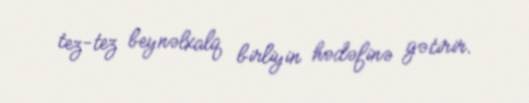
tez-tez beynəlxalq birliyin hədəfinə gətirir.